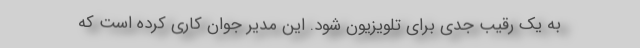
به یک رقیب جدی برای تلویزیون شود. این مدیر جوان کاری کرده است که